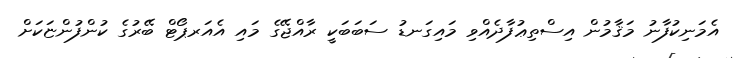
އެމަނިކުފާނު މަޤާމުން އިސްތިޢުފާދެއްވި މައިގަނޑު ސަބަބަކީ ރާއްޖޭގެ މައި އެއަރޕޯޓް ބޭރުގެ ކުންފުންޏަކަށް